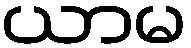
ယာမ